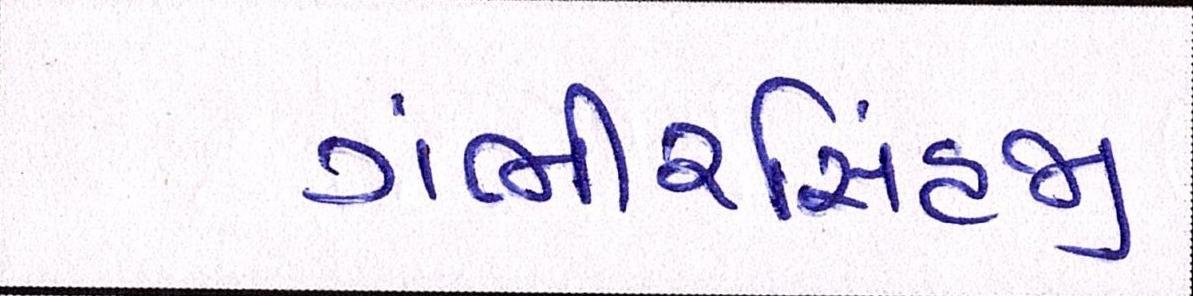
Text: ગંભીરસિંહજી